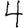
Digit: 4